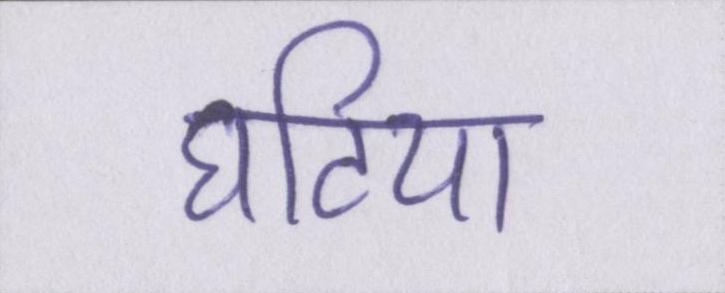
घटिया